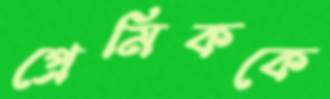
প্রেমিককে